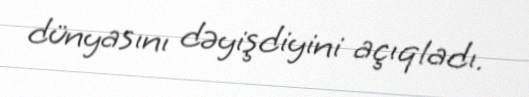
dünyasını dəyişdiyini açıqladı.